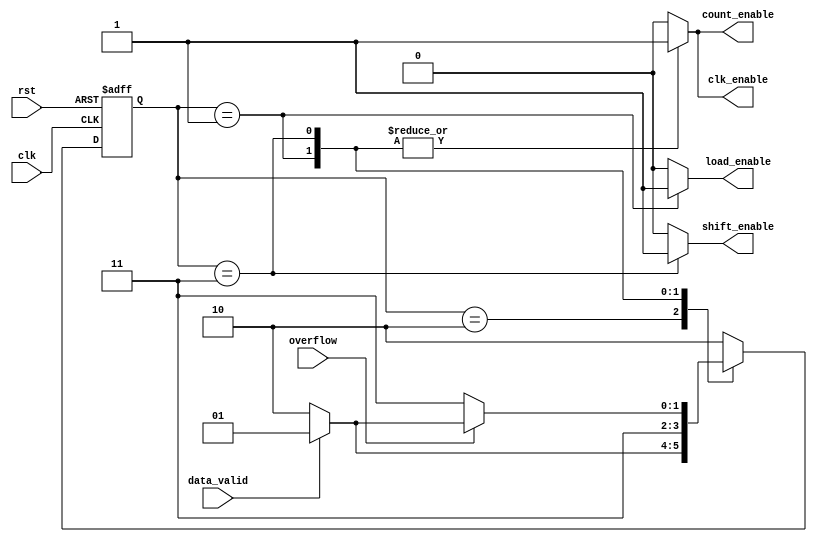
module Control_Unit (
    output  reg    count_enable,clk_enable,
    output  reg    load_enable,shift_enable,
    input   wire    clk,rst,
    input   wire    overflow,
    input   wire    data_valid

);

localparam  	IDLE 		= 3'b10,
                LOAD 		= 3'b01,
                TRANSMIT 	= 3'b11;

    reg [1:0]   current_state= IDLE;
    reg [1:0]   next_state;


always@(posedge clk or negedge rst)
    begin
        if(!rst)
            current_state<=IDLE;
        else begin
            current_state<=next_state;
        end
    end

//Next state 
always@(*)
    begin
        case (current_state)

            IDLE : next_state<= (data_valid)?  LOAD : IDLE;

            LOAD : next_state<= TRANSMIT;

            TRANSMIT :  begin
                            if (overflow)
                                next_state<= (data_valid)? LOAD : IDLE;
                            else
                                next_state<= TRANSMIT;
                        end

            default : next_state<= IDLE;
        endcase
    end


//Current State

always@(*)
    begin
        case (current_state)

        IDLE :  begin
                    clk_enable=1'b0;
                    load_enable=1'b0;
                    shift_enable=1'b0;
                    count_enable=1'b0;
                end


        LOAD : begin
                    clk_enable=1'b1;
                    load_enable=1'b1;
                    shift_enable=1'b0;
                    count_enable=1'b1;
                end
                
        TRANSMIT : begin
                    clk_enable=1'b1;
                    load_enable=1'b0;
                    shift_enable=1'b1;
                    count_enable=1'b1;
                end


            default:    begin
                            clk_enable=1'b0;
                            load_enable=1'b0;
                            shift_enable=1'b0;
                            count_enable=1'b0;
                        end
        endcase
    end

endmodule